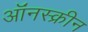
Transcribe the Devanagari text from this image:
ऑंनस्क्रीन